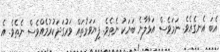
އެބަ އެނގެއެވެ. ނަމަވެސް އަޅާލާނެ ބަޔަކު ނެތެވެ. ފިޔަވަޅުތައް ވަރުގަދަކުރުމެއްވެސް ނެތެވެ. އެ